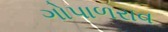
ગોપાળરાવ